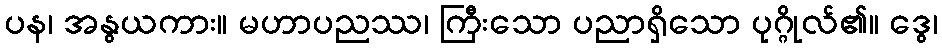
ပန၊ အနွယကား။ မဟာပညဿ၊ ကြီးသော ပညာရှိသော ပုဂ္ဂိုလ်၏။ ဒွေ၊